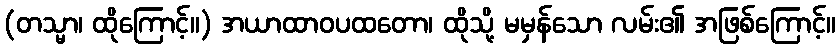
(တသ္မာ၊ ထိုကြောင့်။) အယာထာဝပထတော၊ ထိုသို့ မမှန်သော လမ်း၏ အဖြစ်ကြောင့်။